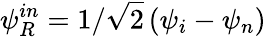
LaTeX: \psi_{R}^{in}=1/\sqrt 2\left(\psi_{i}-\psi_{n}\right)